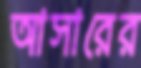
আসারের